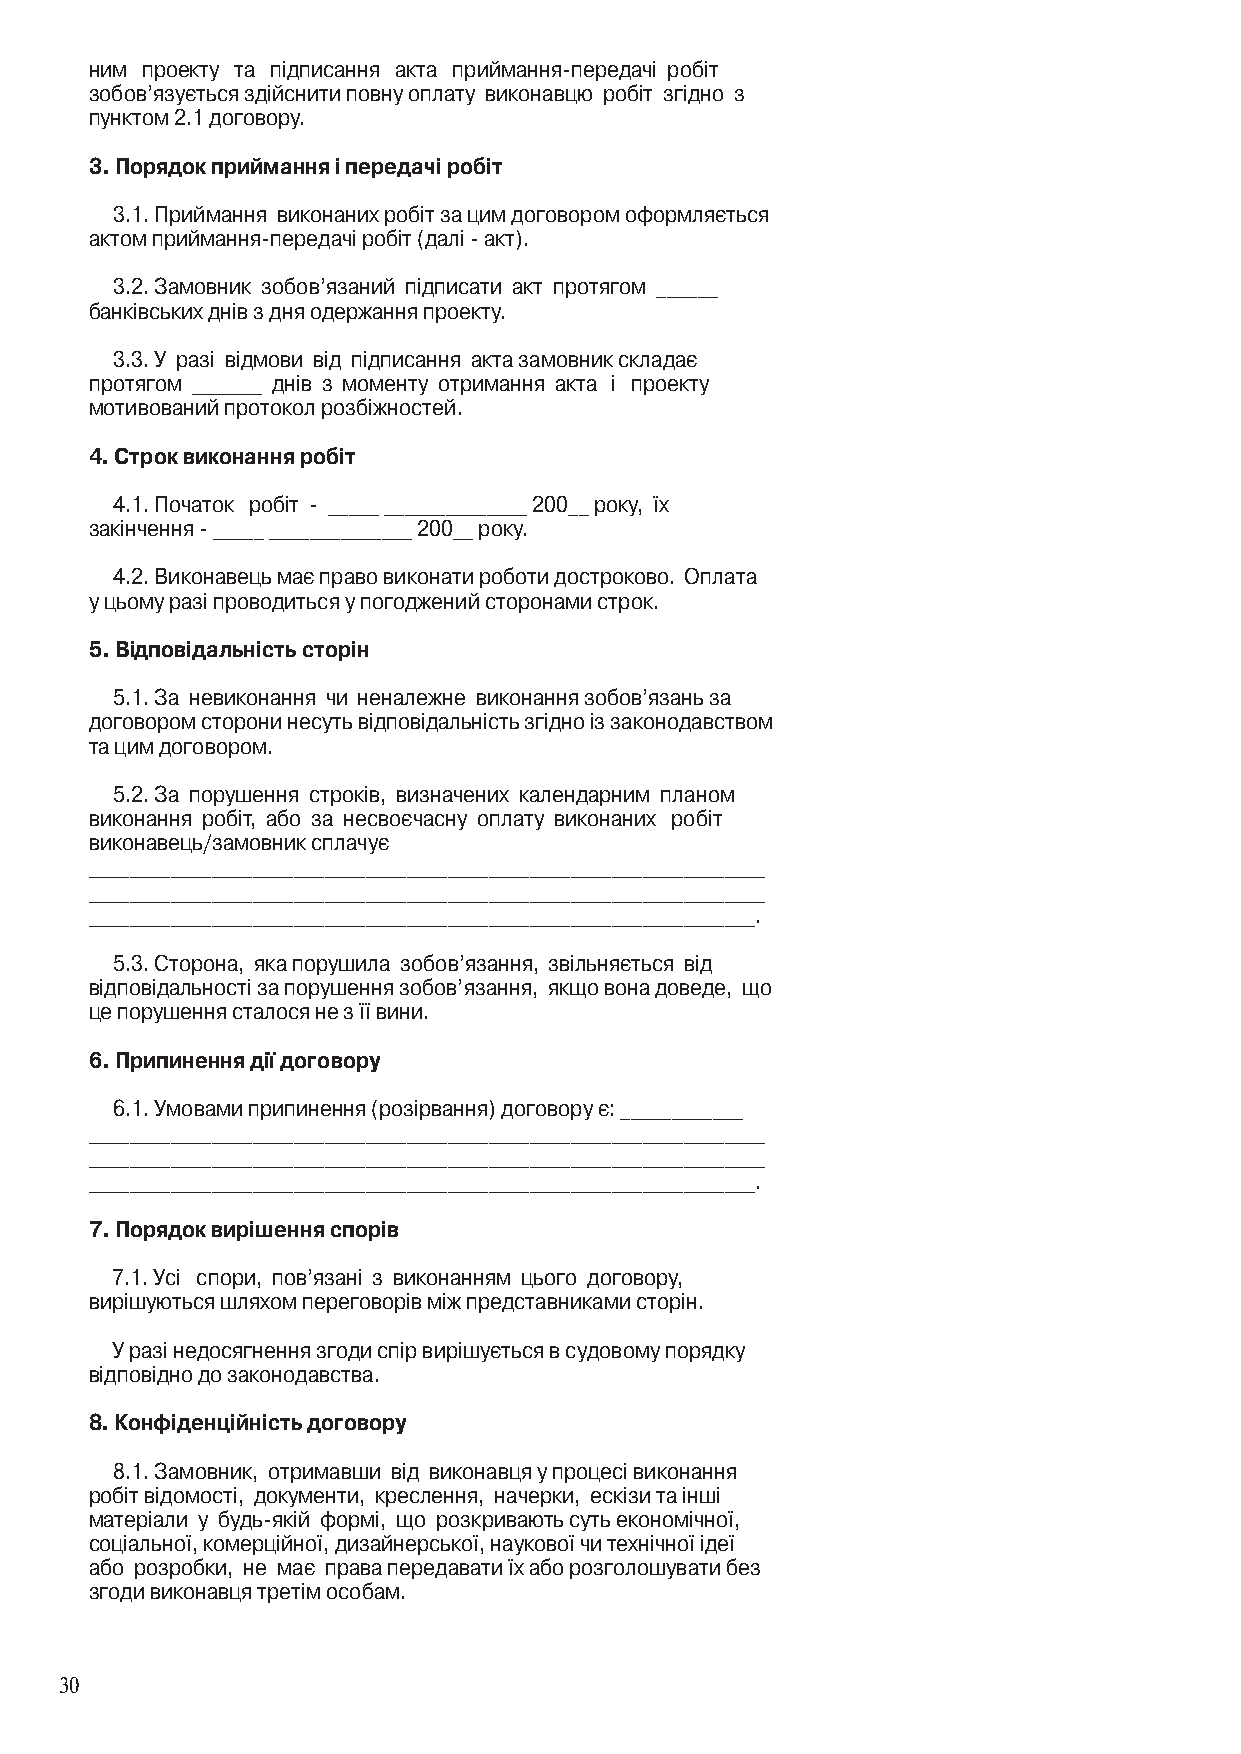
ним проекту та підписання акта приймання-передачі робіт
 зобов’язується здійснити повну оплату виконавцю робіт згідно з
 пунктом 2.1 договору.
 3. Порядок приймання і передачі робіт
 3.1. Приймання виконаних робіт за цим договором оформляється
 актом приймання-передачі робіт (далі - акт).
 3.2. Замовник зобов’язаний підписати акт протягом ______
 банківських днів з дня одержання проекту.
 3.3. У разі відмови від підписання акта замовник складає
 протягом _______ днів з моменту отримання акта і проекту
 мотивований протокол розбіжностей.
 4. Строк виконання робіт
 4.1. Початок робіт - _____ ______________ 200__ року, їх
 закінчення - _____ ______________ 200__ року.
 4.2. Виконавець має право виконати роботи достроково. Оплата
 у цьому разі проводиться у погоджений сторонами строк.
 5. відповідальність сторін
 5.1. За невиконання чи неналежне виконання зобов’язань за
 договором сторони несуть відповідальність згідно із законодавством
 та цим договором.
 5.2. За порушення строків, визначених календарним планом
 виконання робіт, або за несвоєчасну оплату виконаних робіт
 виконавець/замовник сплачує
 __________________________________________________________________
 __________________________________________________________________
 _________________________________________________________________.
 5.3. Сторона, яка порушила зобов’язання, звільняється від
 відповідальності за порушення зобов’язання, якщо вона доведе, що
 це порушення сталося не з її вини.
 6. Припинення дії договору
 6.1. Умовами припинення (розірвання) договору є: ____________
 __________________________________________________________________
 __________________________________________________________________
 _________________________________________________________________.
 7. Порядок вирішення спорів
 7.1. Усі спори, пов’язані з виконанням цього договору,
 вирішуються шляхом переговорів між представниками сторін.
 У разі недосягнення згоди спір вирішується в судовому порядку
 відповідно до законодавства.
 8. Конфіденційність договору
 8.1. Замовник, отримавши від виконавця у процесі виконання
 робіт відомості, документи, креслення, начерки, ескізи та інші
 матеріали у будь-якій формі, що розкривають суть економічної,
 соціальної, комерційної, дизайнерської, наукової чи технічної ідеї
 або розробки, не має права передавати їх або розголошувати без
 згоди виконавця третім особам.
 0